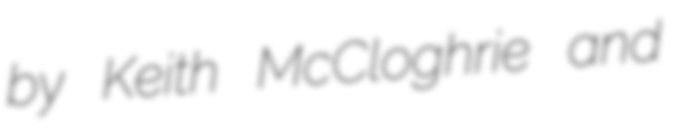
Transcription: by Keith McCloghrie and